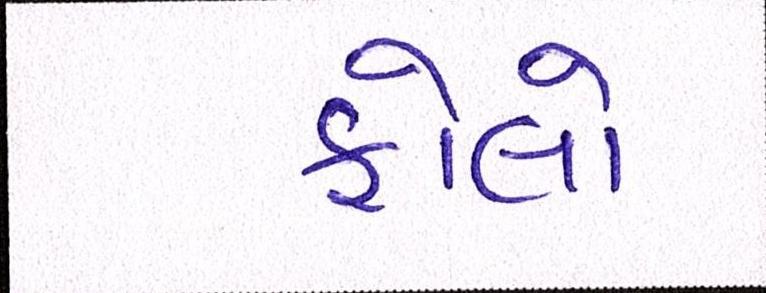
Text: ફોલો